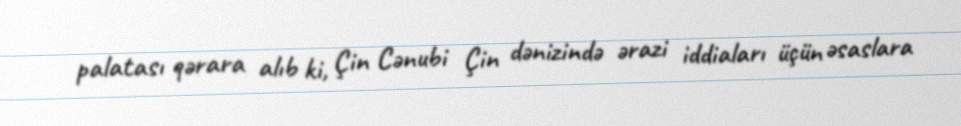
palatası qərara alıb ki, Çin Cənubi Çin dənizində ərazi iddiaları üçün əsaslara